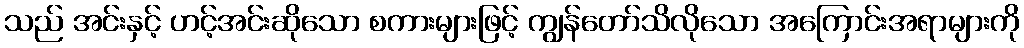
သည် အင်းနှင့် ဟင့်အင်းဆိုသော စကားများဖြင့် ကျွန်တော်သိလိုသော အကြောင်းအရာများကို